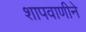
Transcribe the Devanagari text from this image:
शापवाणीने